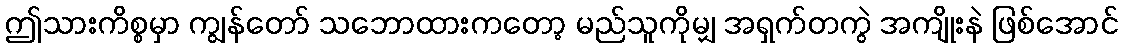
ဤသားကိစ္စမှာ ကျွန်တော် သဘောထားကတော့ မည်သူကိုမျှ အရှက်တကွဲ အကျိုးနဲ ဖြစ်အောင်